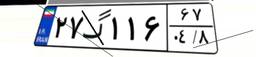
۲۷گ۱۱۶۶۷